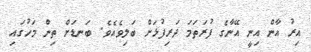
އިރު އާން އިނީ އޭނާގެ ފުރަތަމަ ދަރިފުޅަށް ބަލިވެއެވެ. ބަނޑަށް ތިން މަހުގައި